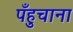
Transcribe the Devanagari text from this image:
पँहुचाना